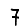
Digit: 7